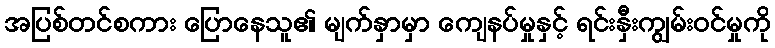
အပြစ်တင်စကား ပြောနေသူ၏ မျက်နှာမှာ ကျေနပ်မှုနှင့် ရင်းနှီးကျွမ်းဝင်မှုကို